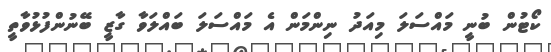
ކޯޓުން ބުނީ މައްސަލަ މިއަދު ނިންމަން އެ މައްސަލަ ބައްލަވާ ގާޒީ ބޭނުންފުޅުވާތީ